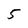
Character: 5